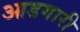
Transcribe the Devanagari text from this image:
आडगारी